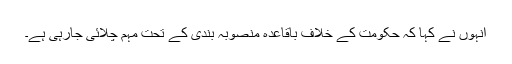
انہوں نے کہا کہ حکومت کے خلاف باقاعدہ منصوبہ بندی کے تحت مہم چلائی جارہی ہے۔